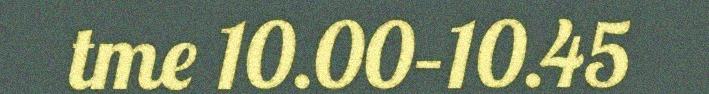
tme 10.00–10.45